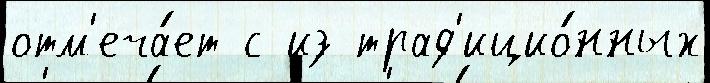
отм'еча́ет с из трад'ицио́нных